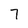
Character: 7